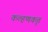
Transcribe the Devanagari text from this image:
कल्हणकृत